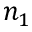
n _ { 1 }